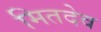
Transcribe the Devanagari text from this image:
मितदेव